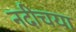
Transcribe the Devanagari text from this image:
नदीचया